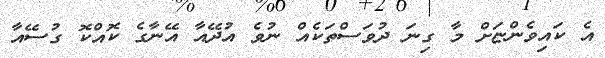
އެ ކައިވެންޏަށް މާ ގިނަ ދުވަސްތަކެއް ނުވެ އުދޭއާ އޭނާގެ ކޮއްކޮ ގުސޭއާ